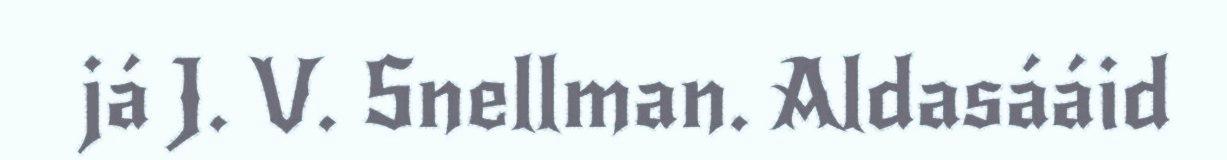
já J. V. Snellman. Aldasááid